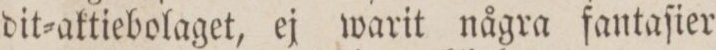
dit=aktiebolaget, ej warit några fantaſier